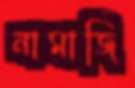
নামাজি